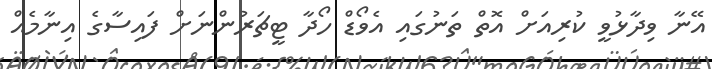
އޭނާ ވިދާޅުވީ ކުރިއަށް އޮތް ތަނުގައި އެވޯޑް ހޯދާ ޓީޗަރުންނަށް ފައިސާގެ އިނާމެއް